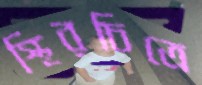
স্থিরচিত্রে